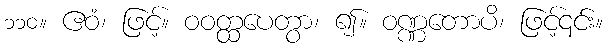
၁၁၀။ ဧဝံ၊ ဖြင့်။ ဝဝတ္ထပေတွာ၊ ၍။ ဝဏ္ဏတောပိ၊ ဖြင့်၎င်း။